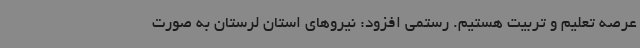
عرصه تعلیم و تربیت هستیم. رستمی افزود: نیروهای استان لرستان به صورت